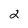
Character: 2